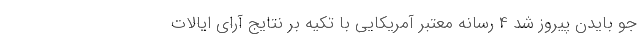
جو بایدن پیروز شد 4 رسانه معتبر آمریکایی با تکیه بر نتایج آرای ایالات